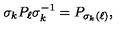
\sigma _ { k } P _ { \ell } \sigma _ { k } ^ { - 1 } = P _ { \sigma _ { k } ( \ell ) } ,